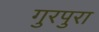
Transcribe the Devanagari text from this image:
गुरपुरा